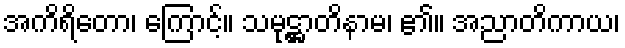
အကိရိတော၊ ကြောင့်။ သမုဋ္ဌာတိနာမ၊ ၏။ အညာတိကာယ၊